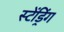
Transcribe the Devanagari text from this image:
स्टेंड्रिंग